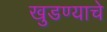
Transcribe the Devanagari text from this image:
खुडण्याचे